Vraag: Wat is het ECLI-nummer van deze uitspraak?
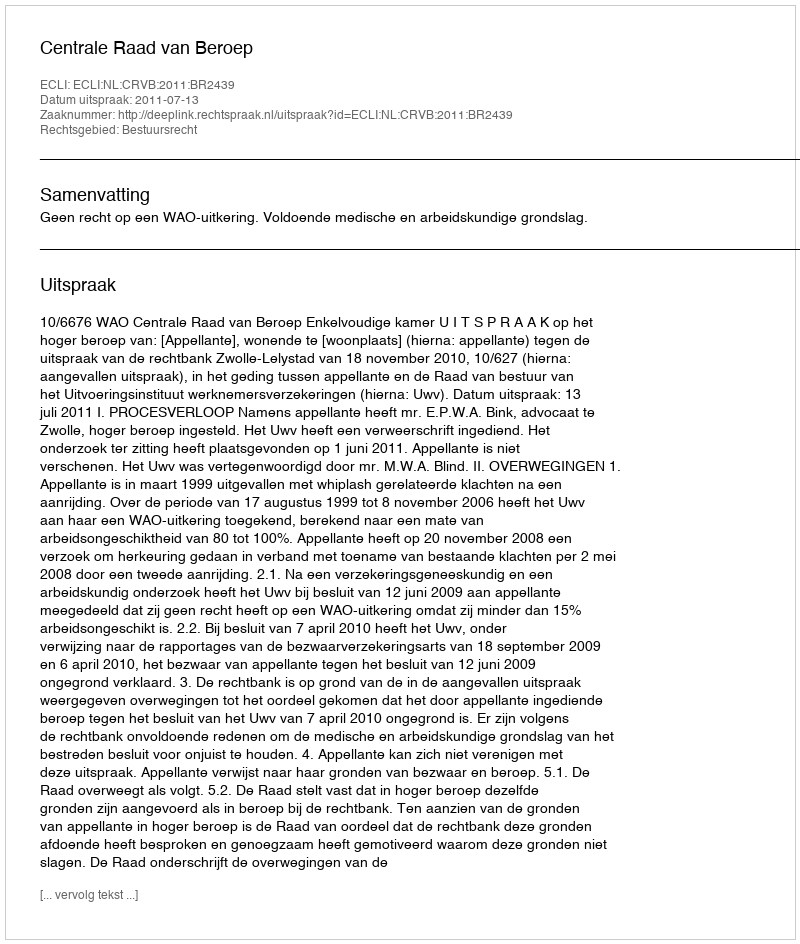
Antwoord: ECLI:NL:CRVB:2011:BR2439